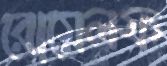
রোয়েলফ